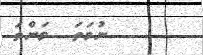
ނުވަތަ  ވަންތަ